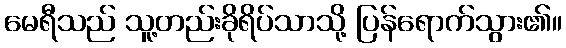
မေရီသည် သူ့တည်းခိုရိပ်သာသို့ ပြန်ရောက်သွား၏။